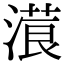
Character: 𣻡